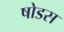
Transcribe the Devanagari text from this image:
षोडस